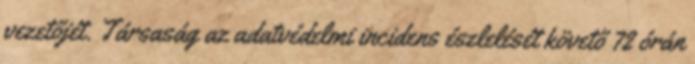
vezetőjét. Társaság az adatvédelmi incidens észlelését követő 72 órán